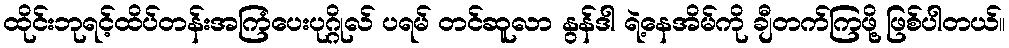
ထိုင်းဘုရင့်ထိပ်တန်းအကြံပေးပုဂ္ဂိုလ် ပရမ် တင်ဆူလာ နွန်ဒါ ရဲ့နေအိမ်ကို ချီတက်ကြဖို့ ဖြစ်ပါတယ်။